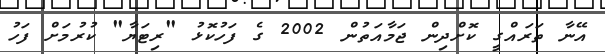
އޭނާ ތަރައްގީ ކޮށްދިން ޖަމާއަތުން 2002 ގެ ފަހުކޮޅު "ރިޓަޔާ" ކުރުމަށް ފަހު